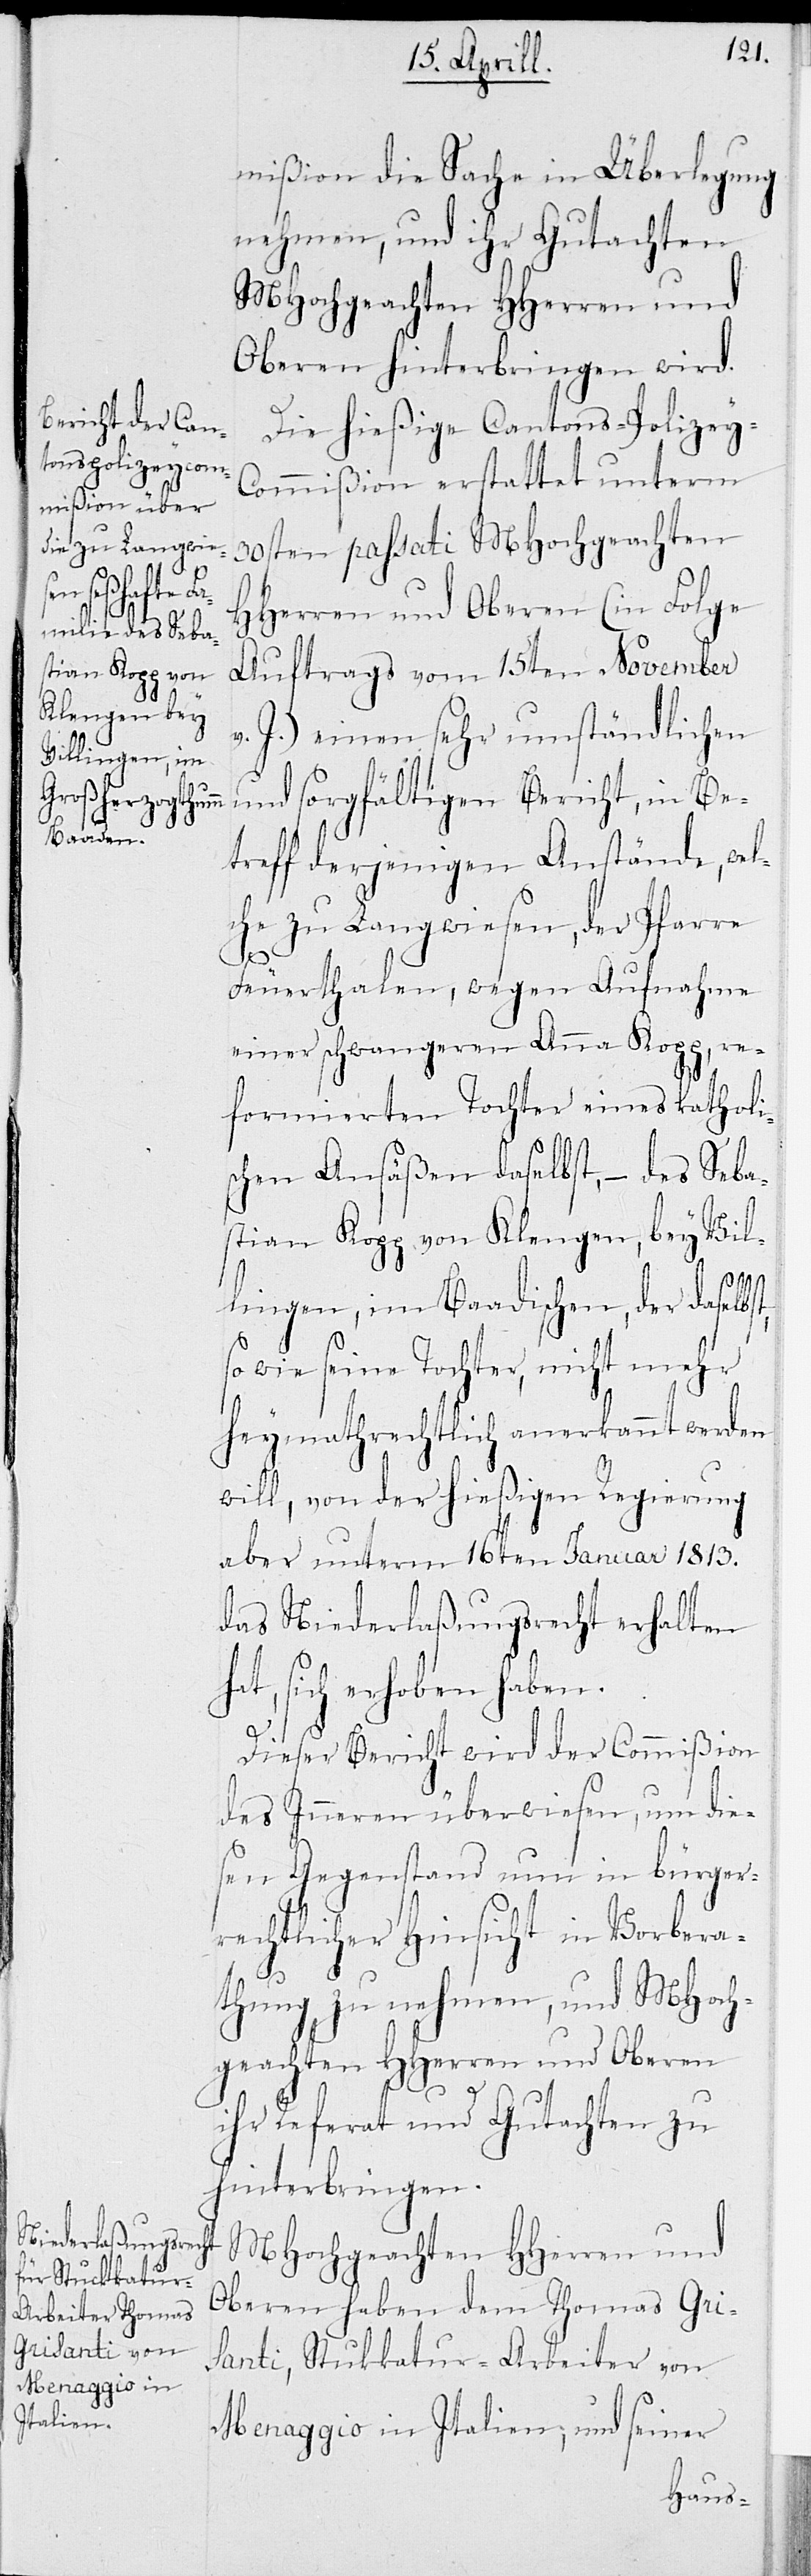
mißion die Sache in Überlegung
nehmen, und ihr Gutachten
MHochgeachten HHerren und
Oberen hinterbringen wird.
Die hießige Cantons-Polizey-C¬
ommißion erstattet unterm
30sten passati MHochgeachten
HHerren und Oberen (in Folge
Auftrags vom 15ten November
v. J.) einen sehr umständlichen
und sorgfältigen Bericht, in Be¬
treff derjenigen Anstände, wel¬
che zu Langwiesen, der Pfarre
Feuerthalen, wegen Aufnahme
einer schwangeren Anna Kopp, re¬
formierte Tochter eines katholi¬
schen Ansäßen daselbst, – des Seba¬
stian Kopp von Klengen, bei Vil¬
lingen, im Baadischen, der daselbs¬
so wie seine Tochter, nicht mehr
heymathrechtlich anerkannt werden
will, von der hießigen Regierung
aber unterm 16ten Januar 1813.
das Niederlaßungsrecht erhalten
hat, sich erhoben haben.
Dieser Bericht wird der Commißion
des Inneren überwiesen, um die¬
sen Gegenstand nun in bürger¬
rechtlicher Hinsicht in Vorbera¬
thung zu nehmen, und MHoch¬
geachten HHerren und Oberen
t,
ihr Referat und Gutachten zu
hinterbringen.
MHochgeachten HHerren und
Oberen haben dem Thomas Gri¬
santi, Stukkatur-Arbeiter von
Menaggio in Italien, und seiner